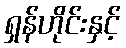
ရှန်ဟိုင်းနှင့်